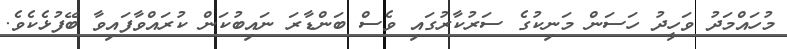
މުހައްމަދު ވަހީދު ހަސަން މަނިކުގެ ސަރުކާރުގައި ވެސް ބަންޑާރަ ނައިބުކަން ކުރައްވާފައިވާ ބޭފުޅެކެވެ.